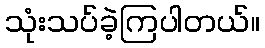
သုံးသပ်ခဲ့ကြပါတယ်။